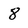
Character: 8